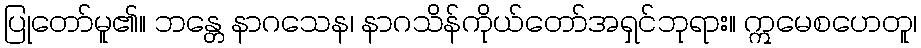
ပြုတော်မူ၏။ ဘန္တေ နာဂသေန၊ နာဂသိန်ကိုယ်တော်အရှင်ဘုရား။ ဣမေစဟေတူ၊